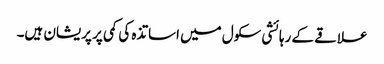
علاقے کے رہائشی سکول میں اساتذہ کی کمی پر پریشان ہیں۔